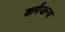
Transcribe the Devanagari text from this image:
कर्मजन्य